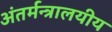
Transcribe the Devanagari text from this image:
अंतर्मन्त्रालयीय